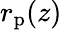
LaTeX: r_{\mathrm{p}}(z)